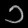
Digit: ၁